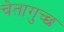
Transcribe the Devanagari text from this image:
चेतागुच्छ